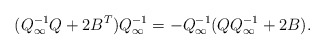
\begin{align*}(Q_{\infty}^{-1}Q+2B^T)Q_{\infty}^{-1}=-Q_{\infty}^{-1}(QQ_{\infty}^{-1}+2B).\end{align*}